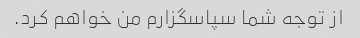
از توجه شما سپاسگزارم من خواهم کرد.